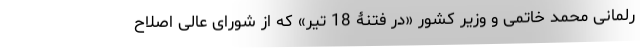
رلمانی محمد خاتمی و وزیر کشور «در فتنۀ 18 تیر» که از شورای عالی اصلاح